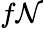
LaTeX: f\mathcal{N}